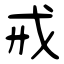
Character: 戒